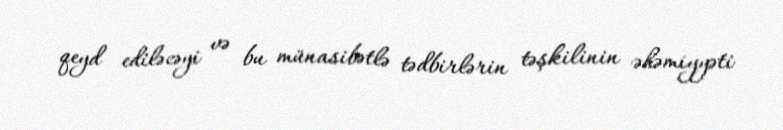
qeyd ediləcəyi və bu münasibətlə tədbirlərin təşkilinin əhəmiyyəti